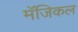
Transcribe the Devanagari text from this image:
मॅजिकल